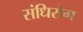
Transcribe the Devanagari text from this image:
संधिरोग